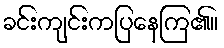
ခင်းကျင်းကပြနေကြ၏။